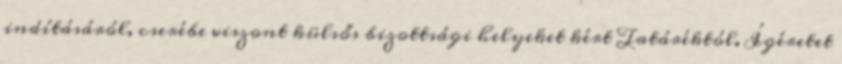
indításáról, cserébe viszont külsős bizottsági helyeket kért Tatáréktól. Ígéretet